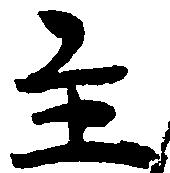
主